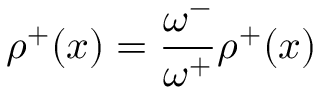
{ \rho ^ { + } } ( x ) = \frac { \omega ^ { - } } { \omega ^ { + } } \rho ^ { + } ( x )